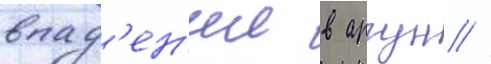
впад'ен'ии в аргун //